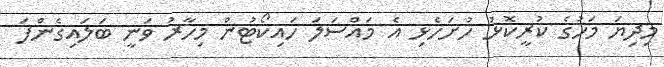
މިދިޔަ މަހުގެ ކުރީކޮޅު ހުށަހެޅި އެ މައްސަލަ ހައިކޯޓުން މިހާރު ވަނީ ބަލައިގެންފަ